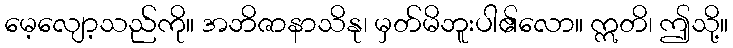
မေ့လျော့သည်ကို။ အဘိဇာနာသိနု၊ မှတ်မိဘူးပါ၏လော။ ဣတိ၊ ဤသို့။